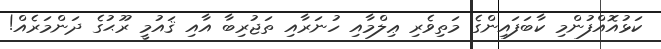
ކަޅުއޮއްފުންމި ކާބަފައިންގެ މަތިވެރި ޢިލްމާއި ހުނަރާއި ތަޖުރިބާ އާއި ޤައުމީ ރޫޙުގެ ދަންމަރެއް!